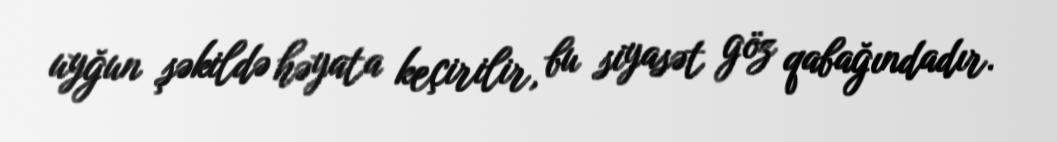
uyğun şəkildə həyata keçirilir, bu siyasət göz qabağındadır.